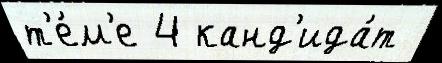
т'е́м'е 4 канд'ида́т